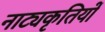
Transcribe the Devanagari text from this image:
नाट्यकृतियों